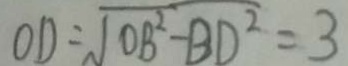
O D = \sqrt { D B ^ { 2 } - B D ^ { 2 } } = 3